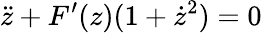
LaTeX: \ddot{z}+F^{\prime}(z)(1+\dot{z}^{2})=0